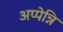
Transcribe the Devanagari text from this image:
अप्पेन्नि